Papers set at the Examination for Leaving Certificates, 1894
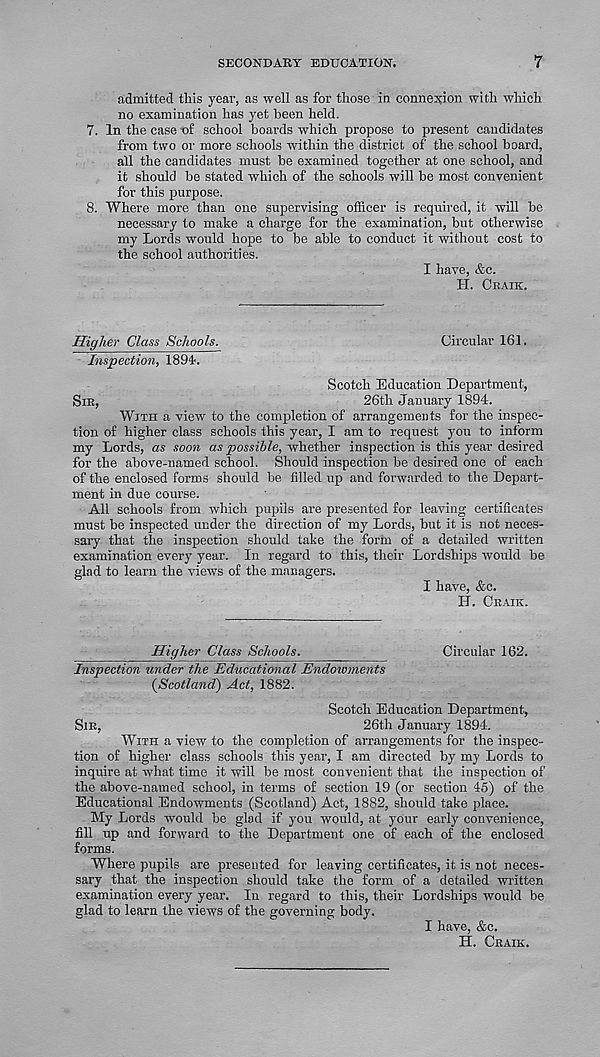
SECONDARY EDUCATION.
7
admitted this year, as well as for those in connexion with which
no examination has yet been held.
7. In the case -of school boards which propose to present candidates
from two or more schools within the district of the school board,
all the candidates must be examined together at one school, and
it should be stated which of the schools will be most convenient
for this purpose.
8. Where more than one supervising officer is required, it will be
necessary to make a charge for the examination, but otherwise
my Lords would hope to be able to conduct it without cost to
the school authorities.
I have, &c.
H. CRAIK.
Higher Class Schools.
Circular 161.
Inspection, 1891.
Scotch Education Department,
SIR,
26th January 1894.
WITH a view to the completion of arrangements for the inspec-
tion of higher class schools this year, I am to request you to inform
my Lords, as soon as possible, whether inspection is this year desired
for the above-named school. Should inspection be desired one of each
of the enclosed forms should be filled up and forwarded to the Depart-
ment in due course.
All schools from which pupils are presented for leaving certificates
must be inspected under the direction of my Lords, but it is not neces-
sary that the inspection should take the form of a detailed written
examination every year. In regard to this, their Lordships would be
glad to learn the views of the managers.
I have, &c.
H. CRAIK.
Higher Class Schools.
Circular 162.
Inspection under the Educational Endowments
(Scotland) Act, 1882.
Scotch Education Department,
SIR,
26th January 1894.
WITH a view to the completion of arrangements for the inspec-
tion of higher class schools this year, I am directed by my Lords to
inquire at what time it will be most convenient that the inspection of
the above-named school, in terms of section 19 (or section 45) of the
Educational Endowments (Scotland) Act, 1882, should take place.
My Lords would be glad if you would, at your early convenience,
fill up and forward to the Department one of each of the enclosed
forms.
Where pupils are presented for leaving certificates, it is not neces-
sary that the inspection should take the form of a detailed written
examination every year. In regard to this, their Lordships would be
glad to learn the views of the governing body.
I have, &c.
H. CRAIK.